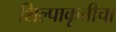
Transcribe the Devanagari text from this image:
शिल्पाकृतीचा